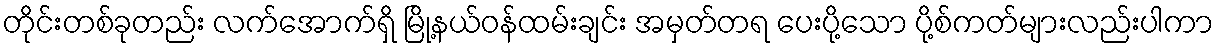
တိုင်းတစ်ခုတည်း လက်အောက်ရှိ မြို့နယ်ဝန်ထမ်းချင်း အမှတ်တရ ပေးပို့သော ပို့စ်ကတ်များလည်းပါကာ